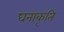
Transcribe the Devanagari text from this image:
घनाकृति